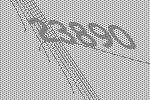
23890